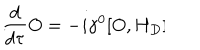
\frac { d } { d \tau } O = - i \gamma ^ { 0 } [ O , H _ { D } ] \hspace { . 4 i n } .